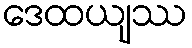
ဒေထယျဿ